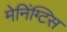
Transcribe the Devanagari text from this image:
मेनिंग्टिस